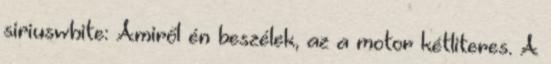
siriuswhite: Amiről én beszélek, az a motor kétliteres. A